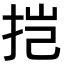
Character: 𫼥